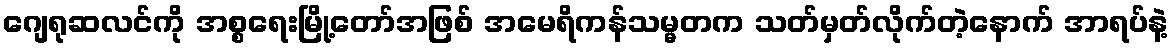
ဂျေရုဆလင်ကို အစ္စရေးမြို့တော်အဖြစ် အမေရိကန်သမ္မတက သတ်မှတ်လိုက်တဲ့နောက် အာရပ်နဲ့